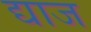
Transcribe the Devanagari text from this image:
द्याज